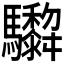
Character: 𩧞